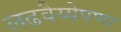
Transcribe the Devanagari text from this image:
लढवैय्येपणा